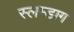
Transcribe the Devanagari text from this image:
स्लम्डाग